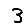
Digit: 3